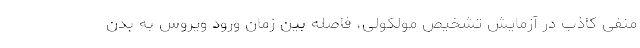
منفی کاذب در آزمایش تشخیص مولکولی، فاصله بین زمان ورود ویروس به بدن